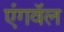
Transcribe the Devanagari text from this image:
एंगवॅल